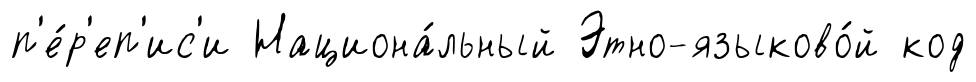
п'е́р'еп'ис'и Национа́льный Этно-языково́й код